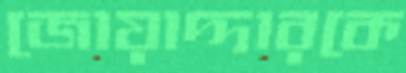
জোয়াদ্দারকে